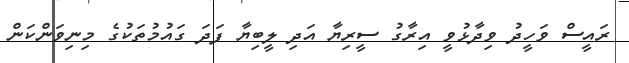
ރައީސް ވަހީދު ވިދާޅުވީ އިރާގު ސީރިޔާ އަދި ލީބިޔާ ފަދަ ގައުމުތަކުގެ މިނިވަންކަން